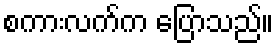
စကားလက်က ပြောသည်။